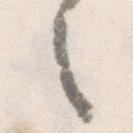
之